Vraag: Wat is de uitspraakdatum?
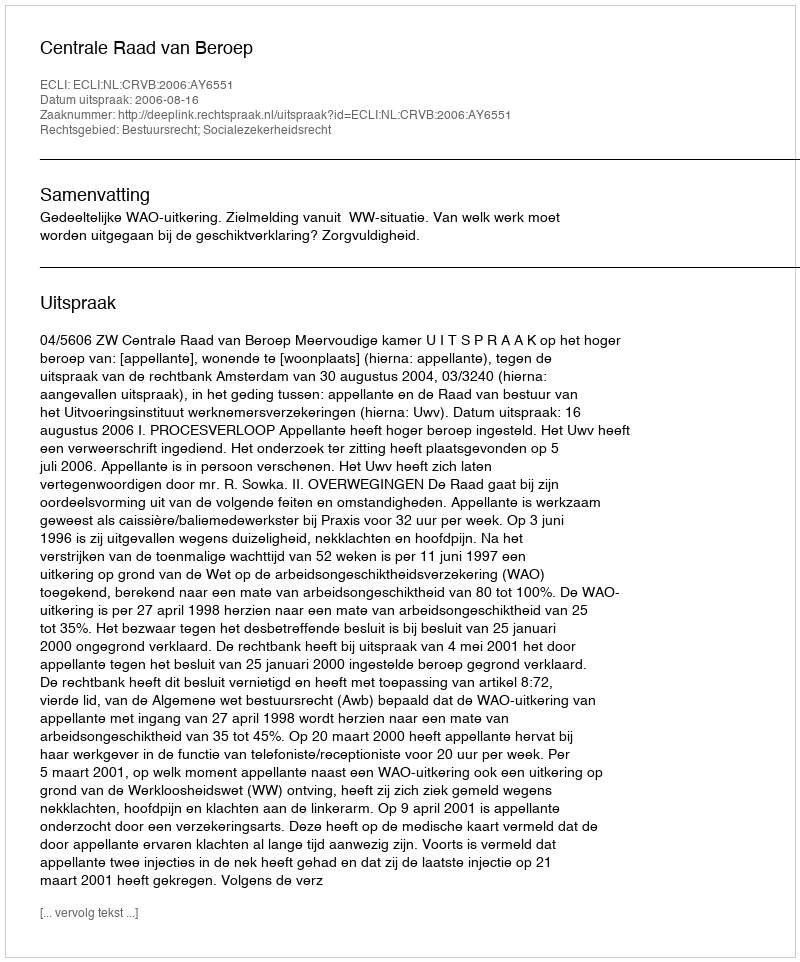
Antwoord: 2006-08-16